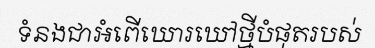
ទំនងជាអំពើឃោរឃៅថ្មីបំផុតរបស់